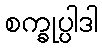
စက္ခုပ္ပါဒါ